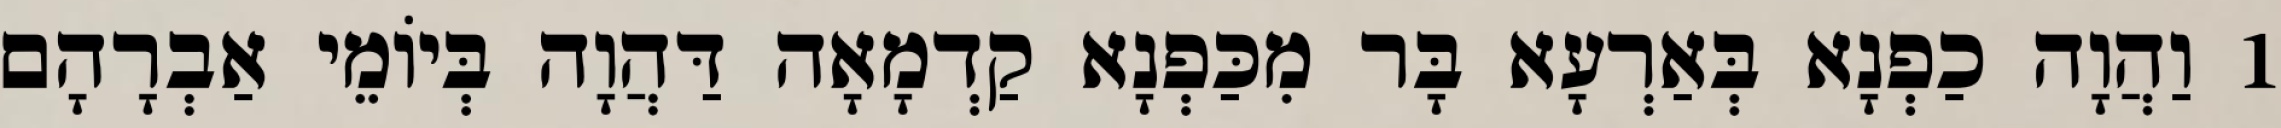
1 וַהֲוָה כַפְנָא בְּאַרְעָא בָּר מִכַּפְנָא קַדְמָאָה דַּהֲוָה בְּיוֹמֵי אַבְרָהָם